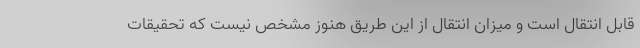
قابل انتقال است و میزان انتقال از این طریق هنوز مشخص نیست که تحقیقات